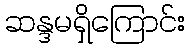
ဆန္ဒမရှိကြောင်း